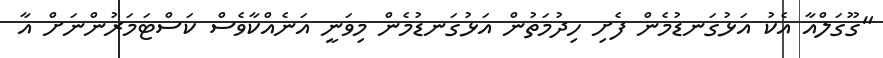
"ގޫގަލްއާ އެކު އަޅުގަނޑުމެން ފެށި ހިދުމަތުން އަޅުގަނޑުމެން މިވަނީ އަނެއްކާވެސް ކަސްޓަމަރުންނަށް އާ